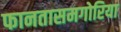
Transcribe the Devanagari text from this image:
फानतासमगोरिया